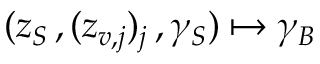
( z _ { S } \, , ( z _ { v , j } ) _ { j } \, , \gamma _ { S } ) \mapsto \gamma _ { B }